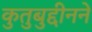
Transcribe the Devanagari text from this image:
कुतुबुद्दीनने